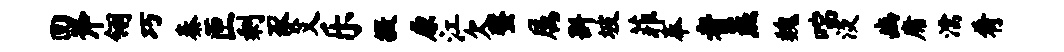
回斧翎巧秦匣剩豕艾乐摄原江欠螯属斟坡菲奉者蒸魏喘淡豳庸濡肴